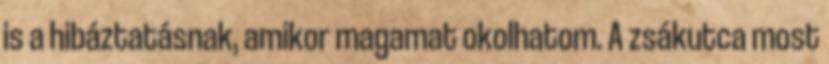
is a hibáztatásnak, amikor magamat okolhatom. A zsákutca most